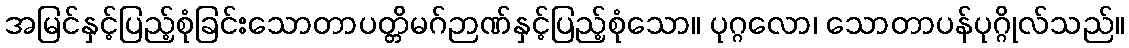
အမြင်နှင့်ပြည့်စုံခြင်းသောတာပတ္တိမဂ်ဉာဏ်နှင့်ပြည့်စုံသော။ ပုဂ္ဂလော၊ သောတာပန်ပုဂ္ဂိုလ်သည်။